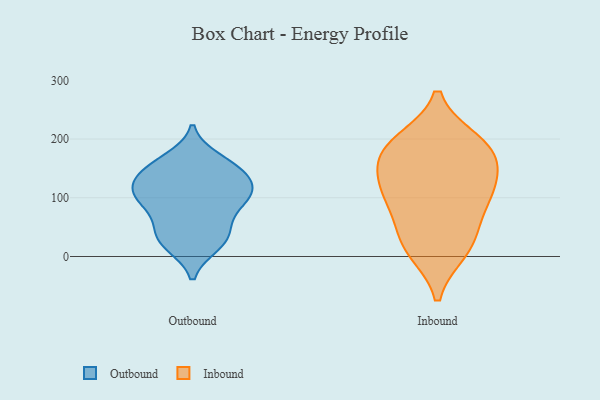
{"axis": {"x": "Net Income (USD K)", "y": "Value"}, "legend": ["Inbound", "Outbound"], "data": [{"x": "", "y": 93, "type": "Outbound"}, {"x": "", "y": 146, "type": "Outbound"}, {"x": "", "y": 151, "type": "Outbound"}, {"x": "", "y": 114, "type": "Outbound"}, {"x": "", "y": 113, "type": "Outbound"}, {"x": "", "y": 20, "type": "Outbound"}, {"x": "", "y": 42, "type": "Outbound"}, {"x": "", "y": 151, "type": "Outbound"}, {"x": "", "y": 60, "type": "Outbound"}, {"x": "", "y": 91, "type": "Outbound"}, {"x": "", "y": 132, "type": "Outbound"}, {"x": "", "y": 23, "type": "Outbound"}, {"x": "", "y": 104, "type": "Outbound"}, {"x": "", "y": 165, "type": "Outbound"}, {"x": "", "y": 105, "type": "Outbound"}, {"x": "", "y": 32, "type": "Outbound"}, {"x": "", "y": 19, "type": "Inbound"}, {"x": "", "y": 195, "type": "Inbound"}, {"x": "", "y": 119, "type": "Inbound"}, {"x": "", "y": 11, "type": "Inbound"}, {"x": "", "y": 179, "type": "Inbound"}, {"x": "", "y": 33, "type": "Inbound"}, {"x": "", "y": 84, "type": "Inbound"}, {"x": "", "y": 181, "type": "Inbound"}, {"x": "", "y": 114, "type": "Inbound"}, {"x": "", "y": 185, "type": "Inbound"}, {"x": "", "y": 147, "type": "Inbound"}, {"x": "", "y": 100, "type": "Inbound"}]}